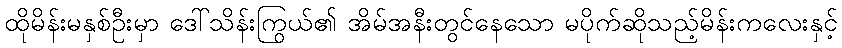
ထိုမိန်းမနှစ်ဦးမှာ ဒေါ်သိန်းကြွယ်၏ အိမ်အနီးတွင်နေသော မပိုက်ဆိုသည့်မိန်းကလေးနှင့်